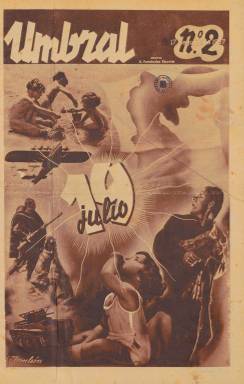
Título: Umbral (Valencia)
Colección: Guerra civil || Periódicos
Ámbito geográfico: Valencia
Lugar de publicación: Barcelona
Fechas: 01/07/1937-14/01/1939

Con el subtítulo Semanario de la nueva era, esta publicación anarquista de la CNT comenzó a editarse en Valencia a partir de julio de 1937 cuando esta ciudad era la capital del Gobierno de la República, que había abandonado Madrid en previsión de que fuera tomada por las tropas nacionales. El periódico, con sede ya en Barcelona, se prolongó hasta poco antes del final de la Guerra Civil, en 1939.

  El semanario abogaba por la unión sindical de la CNT y la UGT y a estos efectos incluía en cada número una encuesta para que los lectores se pronunciaran sobre si creían necesario que los sindicatos se unieran para lograr la victoria. Lógicamente, las respuestas eras afirmativas.

  El director de la publicación era el anarquista Antonio Fernández Escobés, que se exilió al terminar la guerra en Francia y colaboró con publicaciones republicanas españolas allí, dirigiendo además La Novela Española, colección literaria editada en Tolouse. Como redactora jefe de Umbral figuró la poetisa Lucía Sánchez Saornil, cofundadora de la organización Mujeres Libres dentro del anarcosindicalismo que editó una revista con ese título.

   En Umbral colaboró asiduamente con artículos de fondo y comentando la actualidad nacional e internacional Federico Urales, seudónimo de Juan Montseny Carret, una de las personalidades históricas del anarquismo español, fundador de las publicaciones La Revista Blanca y Tierra y Libertad y padre de Federica Montseny, la primera mujer en ocupar un cargo ministerial en España como ministra de Sanidad y Asistencia Social (noviembre 1936- mayo 1937).

  Uno de los aspectos remarcables de esta publicación es su amplio despliegue del elemento gráfico, concebido como arma de propaganda de gran impacto. Dibujos y fotografías llenaban las páginas en una apuesta por equipararse a la llamada prensa burguesa, que hacía del material gráfico un instrumento de comunicación de primer orden.

   Entre los reportajes fotográficos destacaron los de Kati Horna, fotógrafa húngara que viajó a España con el mítico Robert Capa y trabajó para distintas publicaciones anarquistas. En Umbral conoció a José Horna, con quien se casaría. Otras figuras del fotoperiodismo que colaboraron fueron Luis Vidal Corella y Martín Santos Yubero.

  En Umbral se publicó también por entregas la novela titulada ‘No pasarán’, del escritor norteamericano Upton Sinclair, de ideología socialista, quien ganó el prestigioso Premio Pulitzer en 1943 por su obra ‘Los dientes del dragón’, un alegato contra el nazismo.

 Una de las portadas más curiosas de esta publicación es la del 23 de abril de 1938, día en que se conmemora la muerte de Miguel de Cervantes. Umbral publicó grabados del supuesto retrato del escritor y de escenas del Quijote con un texto en el que se comparaba al héroe cervantino con la lucha del bando republicano: ‘La empresa del Quijote inmortal la reanuda, en este otro día, el pueblo español. Desface el entuerto histórico de la reacción y ampara a la civilización desvalida’.

[Descripción publicada el 17/08/2022]